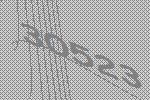
30523